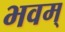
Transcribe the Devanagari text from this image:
भवम्